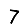
Digit: 7